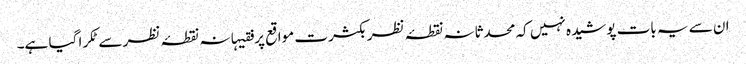
ان سے یہ بات پوشیدہ نہیں کہ محدثانہ نقطۂ نظر بکثرت مواقع پر فقیہانہ نقطۂ نظر سےٹکرا گیا ہے۔